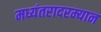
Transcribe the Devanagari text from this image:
मध्यंतरादरम्यान